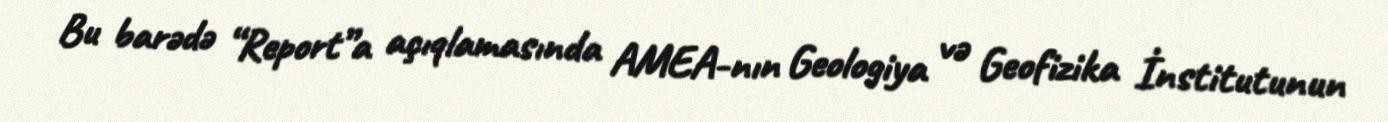
Bu barədə “Report”a açıqlamasında AMEA-nın Geologiya və Geofizika İnstitutunun